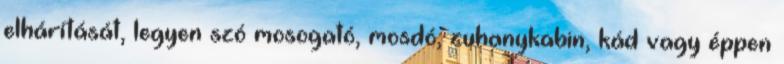
elhárítását, legyen szó mosogató, mosdó, zuhanykabin, kád vagy éppen